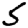
Digit: 5